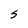
Character: S